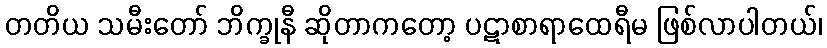
တတိယ သမီးတော် ဘိက္ခုနီ ဆိုတာကတော့ ပဋာစာရာထေရီမ ဖြစ်လာပါတယ်၊